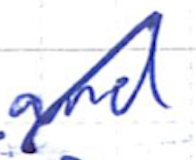
Text: and
Cross-out: diagonal
Writing tool: ballpoint